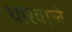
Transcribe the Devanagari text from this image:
धारवाले